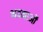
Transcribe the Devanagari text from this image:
भवनाओं